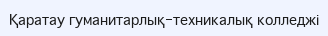
Қаратау гуманитарлық-техникалық колледжі